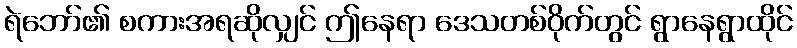
ရဲဘော်၏ စကားအရဆိုလျှင် ဤနေရာ ဒေသတစ်ဝိုက်တွင် ရွာနေရွာထိုင်